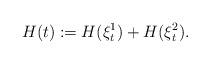
LaTeX: \begin{align*}H(t):=H(\xi^1_t)+H(\xi^2_t).\end{align*}